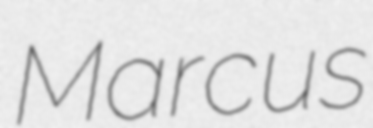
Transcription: Marcus